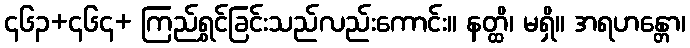
၄၆၃+၄၆၄+ ကြည်ရွှင်ခြင်းသည်လည်းကောင်း။ နတ္ထိ၊ မရှိ။ အရဟန္တော၊